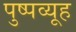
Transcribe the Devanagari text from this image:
पुष्पव्यूह